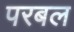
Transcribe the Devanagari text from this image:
परबल